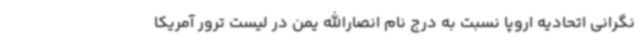
نگرانی اتحادیه اروپا نسبت به درج نام انصارالله یمن در لیست ترور آمریکا